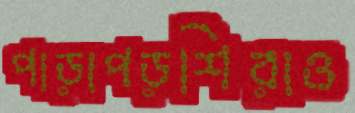
পাড়াপড়শিরাও